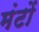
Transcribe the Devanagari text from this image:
मंटों